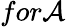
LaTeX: for\mathcal{A}